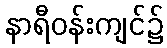
နာရီဝန်းကျင်၌